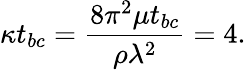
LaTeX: \kappa t_{bc}=\frac{8\pi^{2}\mu t_{bc}}{\rho\lambda^{2}}=4.